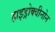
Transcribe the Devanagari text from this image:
हाइड्रोक्वीनोन